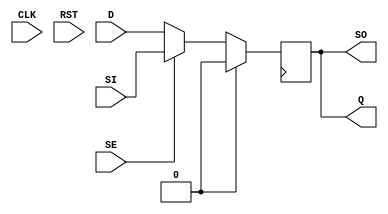
module sdff(D,SI,SE,CLK,RST,SO,Q);
input D,SI,SE,CLK,RST;
output SO;
output reg Q;

always @(posedge clk)
  begin
    if(rst)
        Q <= 1'b0;
    else 
        Q <= (SE ? SI: D);
  end
assign SO = Q;
endmodule